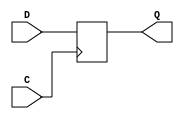
module d_latch(
    input D,
    input C,
    output reg Q
);

always@(posedge C)
begin
    Q <= D;
end

endmodule